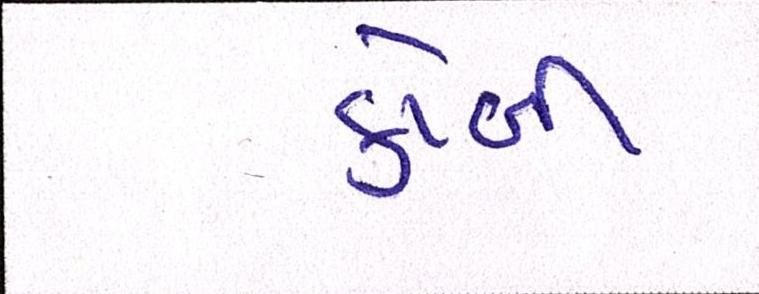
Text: કોબી